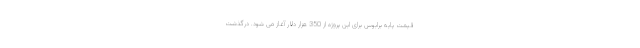
قیمت پایه برابوس برای این پروژه از 350 هزار دلار آغاز می شود. درگذشت